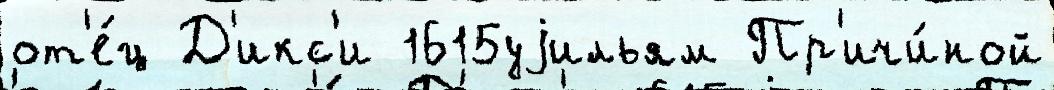
от'е́ц Д'икс'и 1615уjильям Пр'ичи́ной